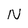
Character: N